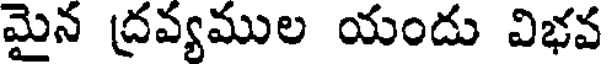
మైన ద్రవ్యముల యందు విభవ